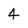
Character: 4